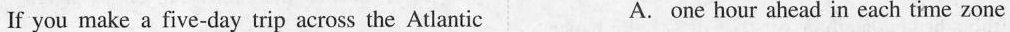
If you make a five-day trip across the Atlantic A. one hour ahead in each time zone